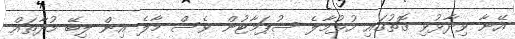
އޭނާ ވިދާޅުވި ގޮތުގައި ހުޅުމާލެ ސުޕަމާޓުން ވެސް މާލެ އިން ލިބޭ މުދާތައް